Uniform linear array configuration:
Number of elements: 16
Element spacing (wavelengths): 0.25
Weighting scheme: blackman
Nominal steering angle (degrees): -45
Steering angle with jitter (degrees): -46.481
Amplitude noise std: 0.05
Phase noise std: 0.05

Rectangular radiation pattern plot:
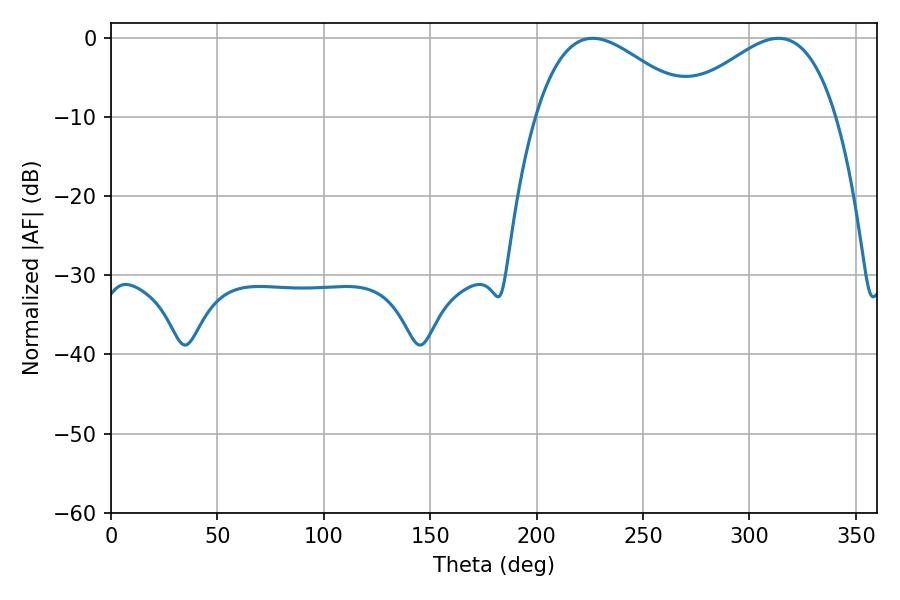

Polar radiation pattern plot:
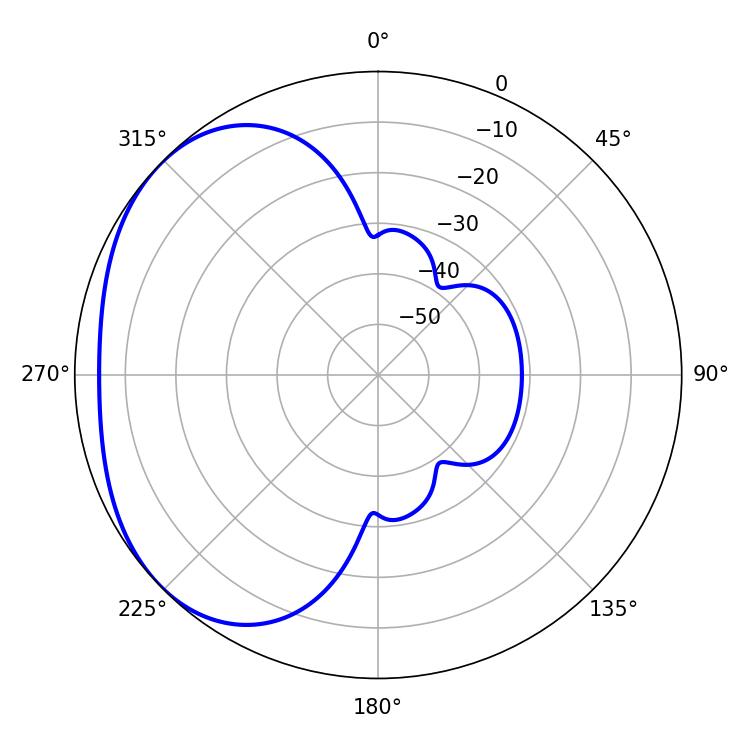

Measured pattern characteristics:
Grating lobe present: FALSE
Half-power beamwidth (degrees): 40.32
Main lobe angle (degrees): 226.44